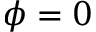
{ \phi = 0 }